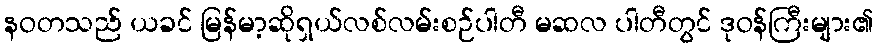
နဝတသည် ယခင် မြန်မာ့ဆိုရှယ်လစ်လမ်းစဉ်ပါတီ မဆလ ပါတီတွင် ဒုဝန်ကြီးများ၏